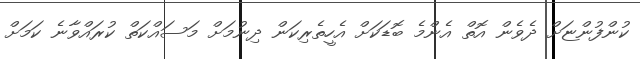
ކުންފުންޏަށް ދެވެން އޮތް އެންމެ ބޮޑަކަށް އެހީތެރިކަން ދިނުމަށް މަސައްކަތް ކުރައްވާނެ ކަމަށް